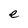
Character: e